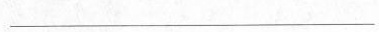
__________________________________________